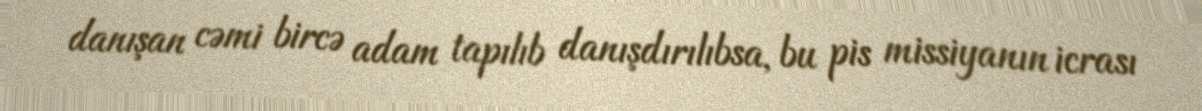
danışan cəmi bircə adam tapılıb danışdırılıbsa, bu pis missiyanın icrası